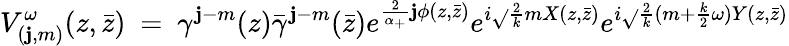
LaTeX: V_{(\mathbf{j},m)}^{\omega}(z,\bar{{z}})~=~\gamma^{\mathbf{j}-m}(z)\bar{{\gamma}}^{\mathbf{j}-m}(\bar{{z}})e^{\frac{2}{{\alpha_{+}}}\mathbf{j}\phi(z,\bar{{z}})}e^{i\sqrt{}{{\frac{{2}}{{k}}}}mX(z,\bar{{z}})}e^{i\sqrt{}{{\frac{{2}}{{k}}}}(m+{\frac{{k}}{{2}}}\omega)Y(z,\bar{{z}})}